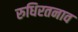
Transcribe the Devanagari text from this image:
रुधिरतनाव